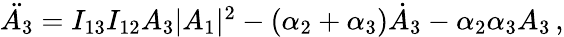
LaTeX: \begin{array}{r}{\ddot{A_{3}}=I_{13}I_{12}A_{3}|A_{1}|^{2}-(\alpha_{2}+\alpha_{3})\dot{A}_{3}-\alpha_{2}\alpha_{3}A_{3}\mathrm{\, ,}}\end{array}